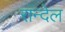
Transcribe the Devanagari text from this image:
रान्देल